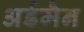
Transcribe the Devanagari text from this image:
अर्डमैन